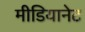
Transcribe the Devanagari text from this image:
मीडियानेट